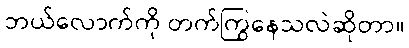
ဘယ်လောက်ကို တက်ကြွနေသလဲဆိုတာ။